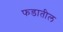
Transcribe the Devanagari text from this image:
फडातील